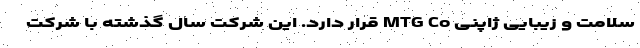
سلامت و زیبایی ژاپنی MTG Co قرار دارد. این شرکت سال گذشته با شرکت